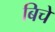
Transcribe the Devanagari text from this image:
बिचे